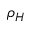
\rho _ { H }